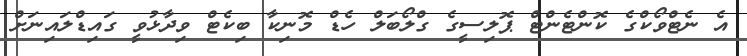
އެ ނެޓްވޯކްގެ ކޮންޓެންޓް ޕޮލިސީގެ ގްލޯބަލް ހެޑް މޮނިކާ ބިކެޓް ވިދާޅުވީ ގައިޑްލައިނަށް